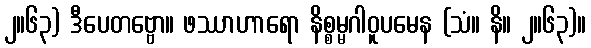
၂။၆၃) ဒီပေတဗ္ဗော။ ဖဿာဟာရော နိစ္စမ္မဂါဝူပမေန (သံ။ နိ။ ၂။၆၃)။